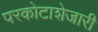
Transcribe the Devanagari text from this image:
परकोटाशेजारी